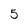
Character: 5